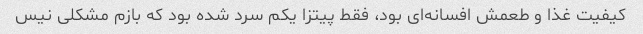
کیفیت غذا و طعمش افسانه‌ای بود، فقط پیتزا یکم سرد شده بود که بازم مشکلی نیس